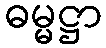
ဓမ္မဋ္ဌာ